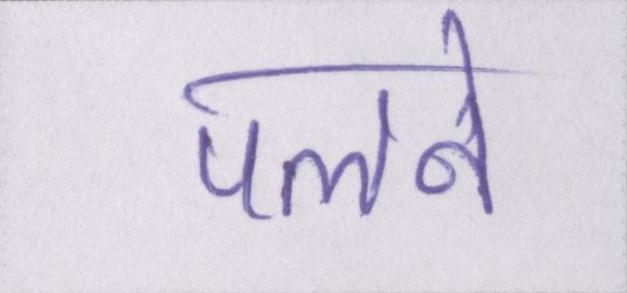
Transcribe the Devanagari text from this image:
पलने